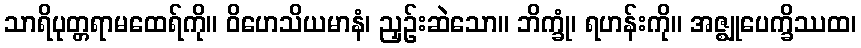
သာရိပုတ္တရာမထေရ်ကို။ ဝိဟေသိယမာနံ၊ ညှဉ်းဆဲသော။ ဘိက္ခုံ၊ ရဟန်းကို။ အဇ္ဈုပေက္ခိဿထ၊